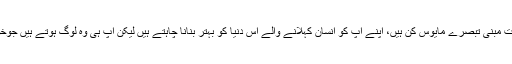
اپنے کمنٹ میں انہوں نے لکھا کہ نفرت مبنی تبصرے مایوس کن ہیں، اپنے آپ کو انسان کہلانے والے اس دنیا کو بہتر بنانا چاہتے ہیں لیکن آپ ہی وہ لوگ ہوتے ہیں جوخواجہ سرا کو اپنا پڑوسی بھی نہ بنائیں۔